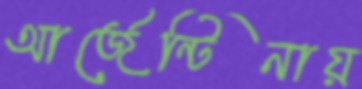
আর্জেন্টিনায়